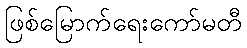
ဖြစ်မြောက်ရေးကော်မတီ